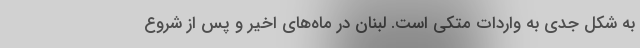
به شکل جدی به واردات متکی است. لبنان در ماه‌های اخیر و پس از شروع